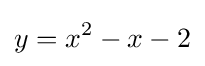
y=x^{2}-x-2